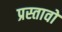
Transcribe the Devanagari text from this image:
प्रस्तावो